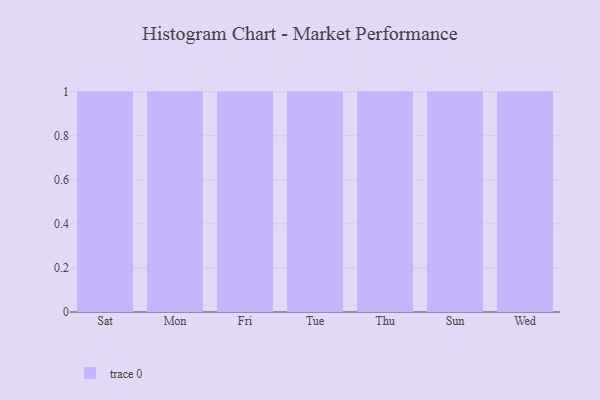
{"axis": {"x": "Day", "y": "Market Share (%)"}, "legend": [""], "data": [{"x": "Sat", "y": 88, "type": ""}, {"x": "Mon", "y": 56, "type": ""}, {"x": "Fri", "y": 36, "type": ""}, {"x": "Tue", "y": 87, "type": ""}, {"x": "Thu", "y": 83, "type": ""}, {"x": "Sun", "y": 44, "type": ""}, {"x": "Wed", "y": 22, "type": ""}]}